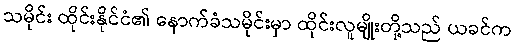
သမိုင်း ထိုင်းနိုင်ငံ၏ နောက်ခံသမိုင်းမှာ ထိုင်းလူမျိုးတို့သည် ယခင်က